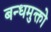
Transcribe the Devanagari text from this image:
बन्धमुक्तो